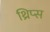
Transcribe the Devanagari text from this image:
थ्रिप्‍स